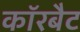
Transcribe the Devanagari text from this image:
कॉरबैट